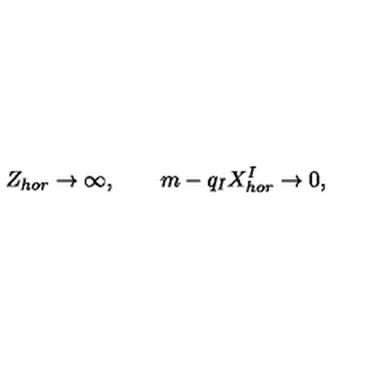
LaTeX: Z _ { h o r } \to \infty , \qquad m - q _ { I } X _ { h o r } ^ { I } \to 0 ,